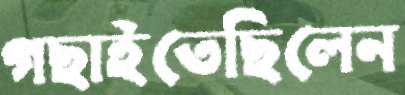
গছাইতেছিলেন